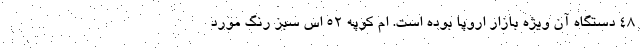
48 دستگاه آن ویژه بازار اروپا بوده است. ام کوپه 52 اس سبز رنگ مورد